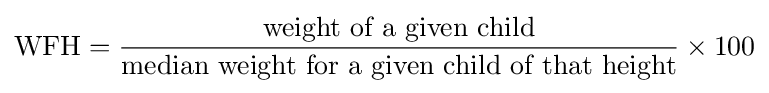
\mathrm {WFH} ={\frac {\mbox{weight of a given child}}{\mbox{median weight for a given child of that height}}}\times 100